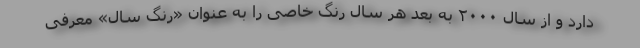
دارد و از سال ۲۰۰۰ به بعد هر سال رنگ خاصی را به‌ عنوان «رنگ سال» معرفی